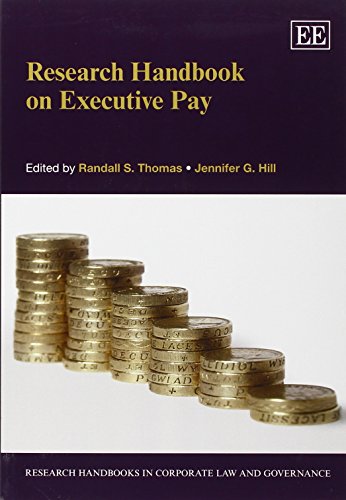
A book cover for Research Handbook on Executive Pay (Research Handbooks in Corporate Law and Governance series)(Elgar Original reference); Randall S. Thomas; Business & Money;